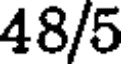
48/5